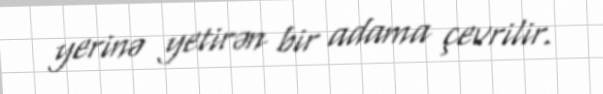
yerinə yetirən bir adama çevrilir.